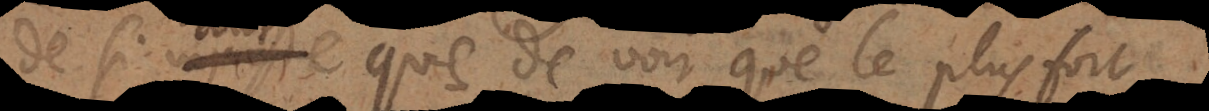
de si injuste que de voir que le plus fort